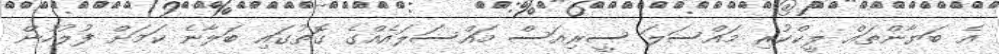
އެ ބަޔާންތައް ލީކްކުރި މައްސަލަ ސީރިއަސް މައްސަލައެއްގެ ގޮތުގައި ބަލާނެ ކަމަށް ފުލުހުން